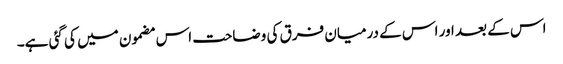
اس کے بعد اور اس کے درمیان فرق کی وضاحت اس مضمون میں کی گئی ہے۔